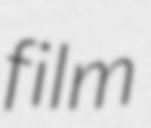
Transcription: film